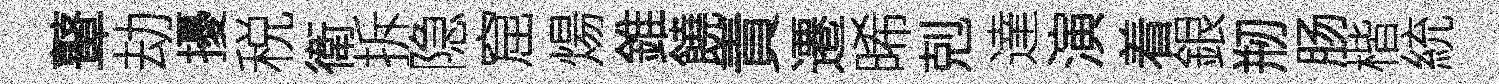
鼙劫擾税衛拆隐窟煬錐饒責遷晞剋達演着銀剏肠楷統